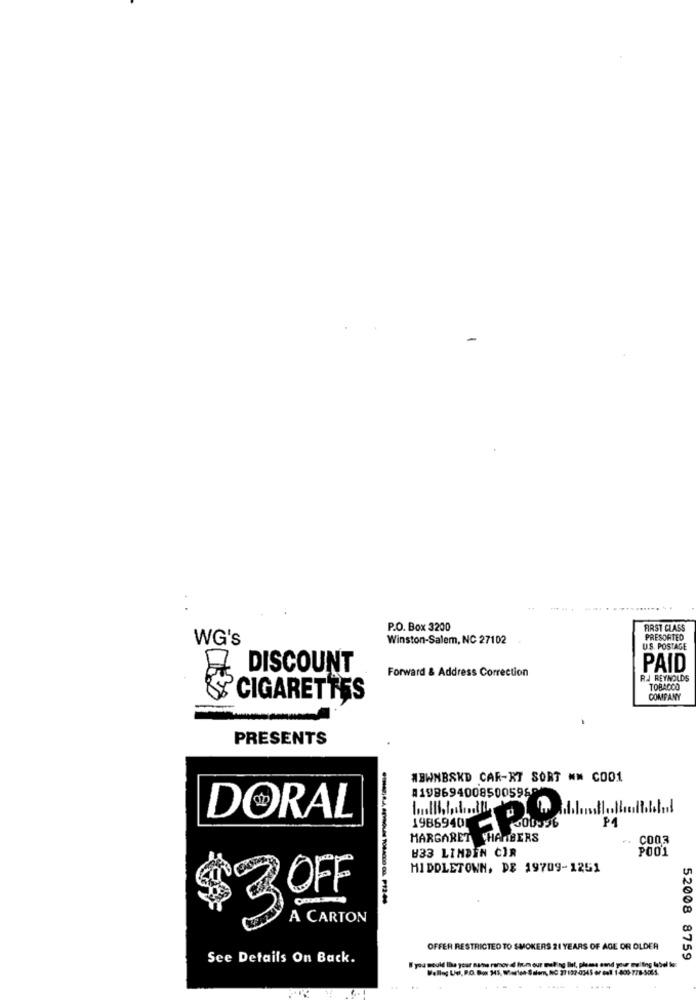
P.O. Box 3200
FIRST CLASS
WG's
Winston-Salem, NC 27102
PRESORTED
U.S. POSTAGE
DISCOUNT
Forward & Address Correction
PAID
RJ REYNOLDS
TOBACCO
CIGARETTES
COMPANY
PRESENTS
#BWNBSKD CAR-XT SORT ## COO1
A1986940085005960
DORAL
P4
19869401 <00596
MARGARET CHANBERS
CO03
B33 LINDEN CIR
PO01
MIDDLETOWN, DE 19709-1251
$3OF
A CARTON
OFFER RESTRICTED TO SMOKERS 21 YEARS OF AGE OR OLDER
See Details On Back.
52008 8759
Wellog Ud. P.O. Box 345, Marlen -Salem, NC 27 137-0345 or call 1-805-778-5065